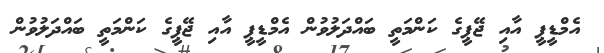
އެމްޑީޕީ އާއި ޖޭޕީގެ ކަންމަތީ ބައްދަލުވުން އެމްޑީޕީ އާއި ޖޭޕީގެ ކަންމަތީ ބައްދަލުވުން